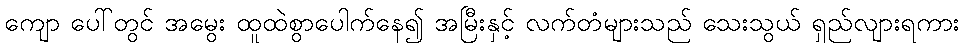
ကျော ပေါ်တွင် အမွေး ထူထဲစွာပေါက်နေ၍ အမြီးနှင့် လက်တံများသည် သေးသွယ် ရှည်လျားရကား